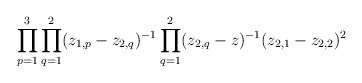
LaTeX: \begin{align*}\prod_{p=1}^3\prod_{q=1}^2(z_{1,p}-z_{2,q})^{-1}\prod_{q=1}^2(z_{2,q}-z)^{-1}(z_{2,1}-z_{2,2})^2\end{align*}